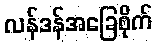
လန်ဒန်အခြေစိုက်